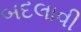
બદલાવી